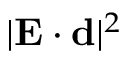
| { \bf E } \cdot { \bf d } | ^ { 2 }